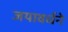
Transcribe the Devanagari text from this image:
जयावर्धने